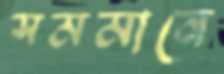
সমমানে